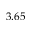
3 . 6 5